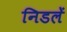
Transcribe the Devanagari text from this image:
निडलें